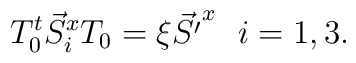
T_0^{t} \vec{S}^x_i T_0 =    \xi  \vec{S' }^x   \ \ i= 1,3.